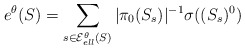
\begin{align*}e^{\theta}(S) = \sum_{s \in \mathcal{E}^{\theta}_{ell}(S)} |\pi_{0}(S_{s})|^{-1} \sigma((S_{s})^{0})\end{align*}